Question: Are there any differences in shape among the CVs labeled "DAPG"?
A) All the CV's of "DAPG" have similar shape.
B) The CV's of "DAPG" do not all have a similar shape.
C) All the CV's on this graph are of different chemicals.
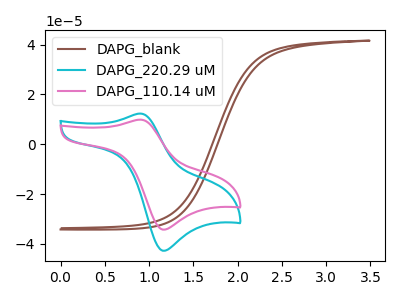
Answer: <think>The brown curve "DAPG_blank" has no peaks. The cyan curve "DAPG_220.29 uM" has an anodic peak at (0.90V, 12.30uA) and a cathodic peak at (1.20V, -42.75uA). The pink curve "DAPG_110.14 uM" has an anodic peak at (0.90V, 9.85uA) and a cathodic peak at (1.20V, -34.30uA).
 "DAPG_blank" and "DAPG_220.29 uM" have a different number of peaks. "DAPG_blank" and "DAPG_110.14 uM" have a different number of peaks. All the peaks in "DAPG_220.29 uM" have a peak in "DAPG_110.14 uM" at the same potential. Every peak in "DAPG_220.29 uM" is higher than every peak in "DAPG_110.14 uM".</think>
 <answer>A) All the CV's of "DAPG" have similar shape.</answer>
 <eval>A</eval>